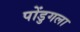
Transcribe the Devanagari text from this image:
पोंडुगला